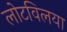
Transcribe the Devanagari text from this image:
लोटविलया